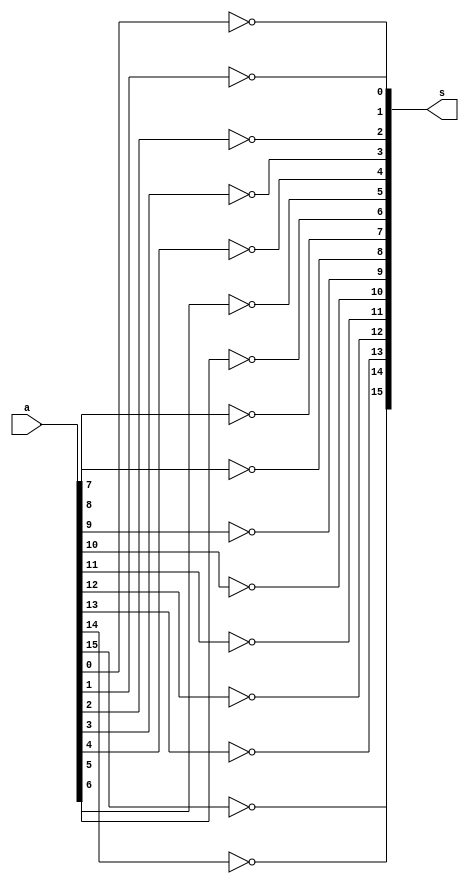

module Not_16(input [15:0] a, output [15:0] s);
	assign s[0] = ~a[0];
	assign s[1] = ~a[1];
	assign s[2] = ~a[2];
	assign s[3] = ~a[3];
	assign s[4] = ~a[4];
	assign s[5] = ~a[5];
	assign s[6] = ~a[6];
	assign s[7] = ~a[7];
	assign s[8] = ~a[8];
	assign s[9] = ~a[9];
	assign s[10] = ~a[10];
	assign s[11] = ~a[11];
	assign s[12] = ~a[12];
	assign s[13] = ~a[13];
	assign s[14] = ~a[14];
	assign s[15] = ~a[15];
endmodule

module testbench();

//Testing Not_16

  reg [15:0] a;
  wire [15:0] s;

  Not_16 simpleNot(a, s);

  initial begin 
    a = 0;
    #250  a=16'b0000010001110101;
    #250  a=16'b0111010001110101;
    #250  a=16'b1111010001110101;
  end

  initial begin
    $display("        A                          NOT    ");
    $monitor(" %b          %b         ", a, s);
  end

endmodule